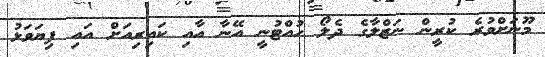
މޫނަށްވުރެ ކުރީން ނަޒްލާގެ ދެލޯ ހުއްޓުނީ އޭނާ އާއި ކައިރިއަށް އައި ފިޔަވަޅު